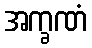
အက္ခဏံ